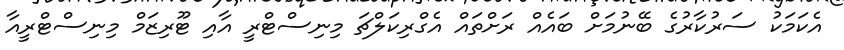
އެކަމަކު ސަރުކާރުގެ ބޭނުމަށް ބައެއް ރަށްތައް އެގްރިކަލްޗަ މިނިސްޓްރީ އާއި ޓޫރިޒަމް މިނިސްޓްރީއާ